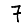
Digit: 7